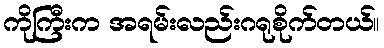
ကိုကြီးက အရမ်းလည်းဂရုစိုက်တယ်။